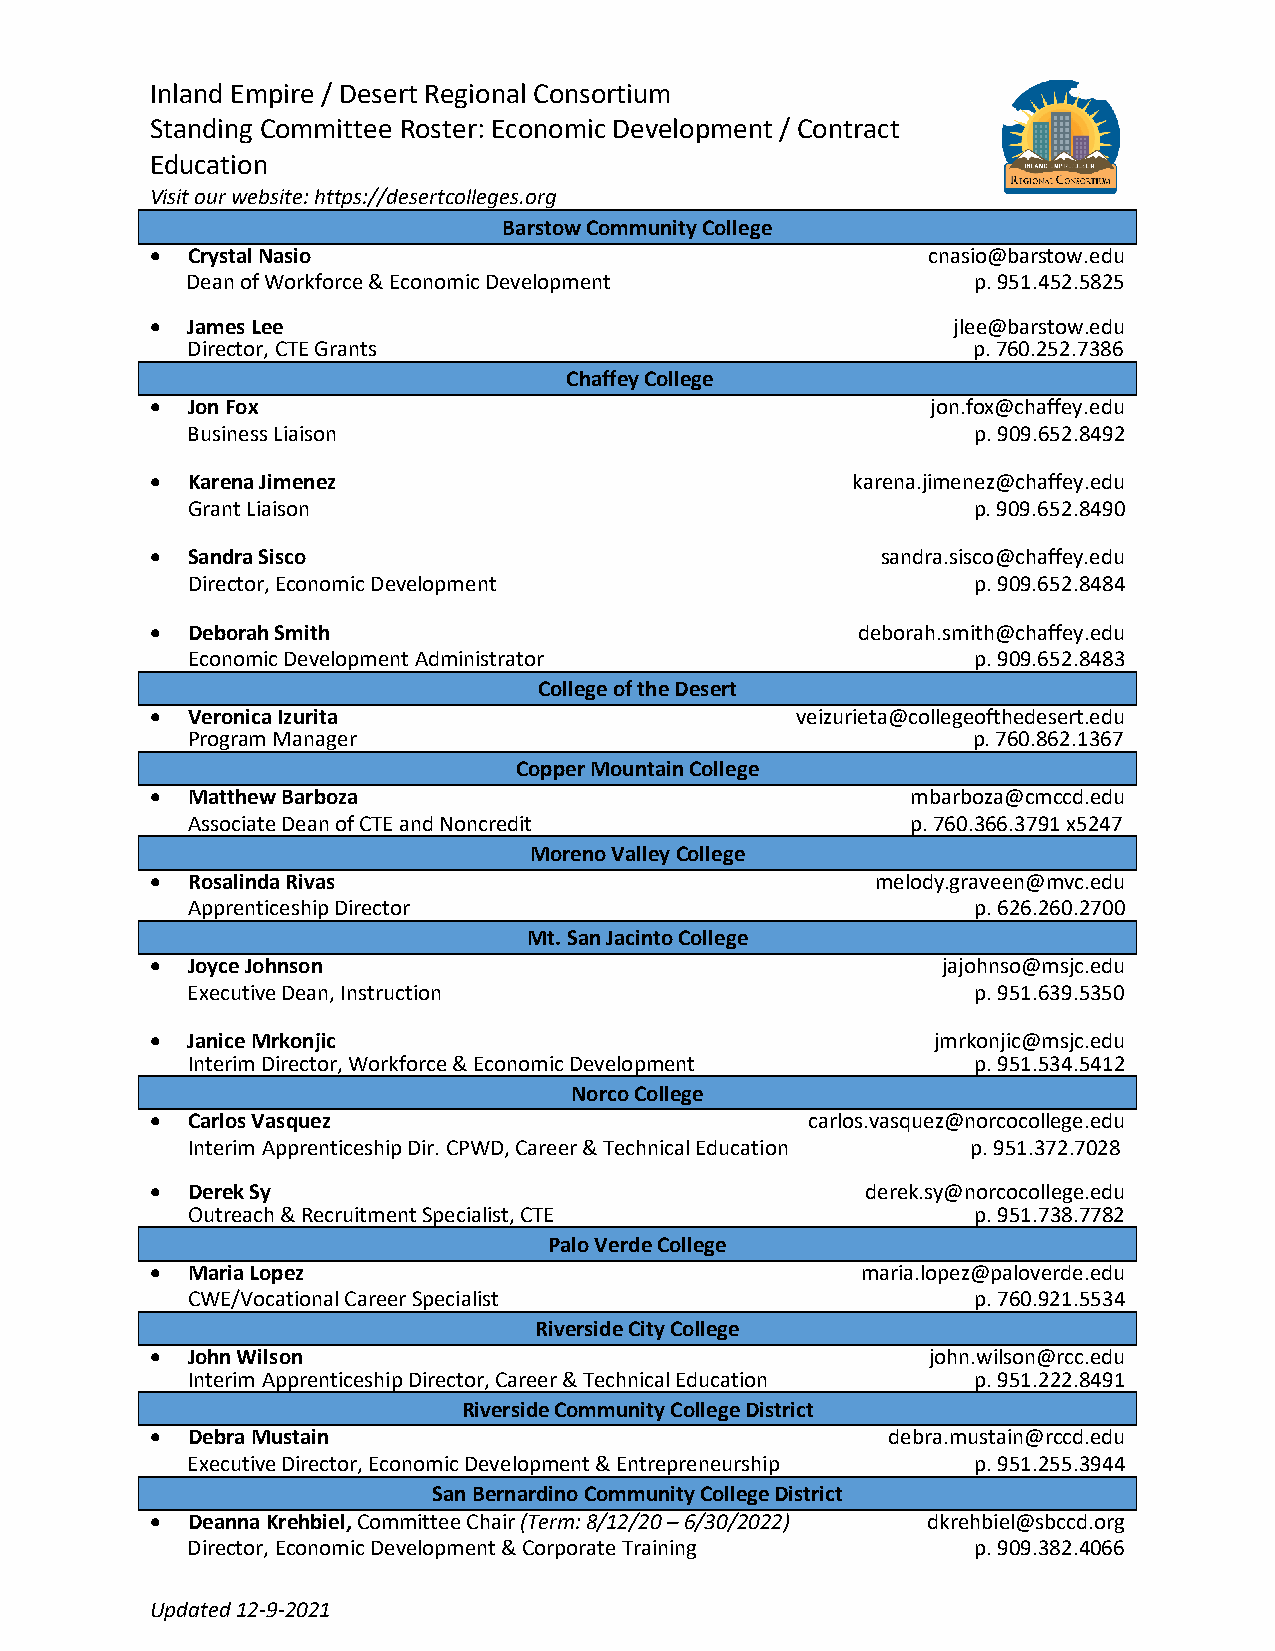
Inland Empire / Desert Regional Consortium
 Standing Committee Roster: Economic Development / Contract
 Education
 Visit our website: https://desertcolleges.org
 Barstow Community College
 • Crystal Nasio                                    cnasio@barstow.edu
 Dean of Workforce & Economic Development             p. 951.452.5825
 • James Lee                                          jlee@barstow.edu
 Director, CTE Grants                                p. 760.252.7386
 Chaffey College
 • Jon Fox                                           jon.fox@chaffey.edu
 Business Liaison                                     p. 909.652.8492
 • Karena Jimenez                              karena.jimenez@chaffey.edu
 Grant Liaison                                        p. 909.652.8490
 • Sandra Sisco                                  sandra.sisco@chaffey.edu
 Director, Economic Development                       p. 909.652.8484
 • Deborah Smith                                deborah.smith@chaffey.edu
 Economic Development Administrator                   p. 909.652.8483
 College of the Desert
 • Veronica Izurita                         veizurieta@collegeofthedesert.edu
 Program Manager                                     p. 760.862.1367
 Copper Mountain College
 • Matthew Barboza                                 mbarboza@cmccd.edu
 Associate Dean of CTE and Noncredit             p. 760.366.3791 x5247
 Moreno Valley College
 • Rosalinda Rivas                               melody.graveen@mvc.edu
 Apprenticeship Director                              p. 626.260.2700
 Mt. San Jacinto College
 • Joyce Johnson                                     jajohnso@msjc.edu
 Executive Dean, Instruction                          p. 951.639.5350
 • Janice Mrkonjic                                   jmrkonjic@msjc.edu
 Interim Director, Workforce & Economic Development   p. 951.534.5412
 Norco College
 • Carlos Vasquez                           carlos.vasquez@norcocollege.edu
 Interim Apprenticeship Dir. CPWD, Career & Technical Education p. 951.372.7028
 • Derek Sy                                     derek.sy@norcocollege.edu
 Outreach & Recruitment Specialist, CTE              p. 951.738.7782
 Palo Verde College
 • Maria Lopez                                  maria.lopez@paloverde.edu
 CWE/Vocational Career Specialist                     p. 760.921.5534
 Riverside City College
 • John Wilson                                      john.wilson@rcc.edu
 Interim Apprenticeship Director, Career & Technical Education p. 951.222.8491
 Riverside Community College District
 • Debra Mustain                                  debra.mustain@rccd.edu
 Executive Director, Economic Development & Entrepreneurship p. 951.255.3944
 San Bernardino Community College District
 • Deanna Krehbiel, Committee Chair (Term: 8/12/20 – 6/30/2022) dkrehbiel@sbccd.org
 Director, Economic Development & Corporate Training  p. 909.382.4066
 Updated 12-9-2021